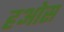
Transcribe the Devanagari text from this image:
हओस